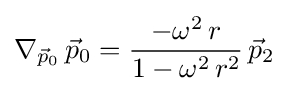
\nabla _{{\vec {p}}_{0}}\,{\vec {p}}_{0}={\frac {-\omega ^{2}\,r}{1-\omega ^{2}\,r^{2}}}\,{\vec {p}}_{2}